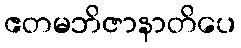
ဧတမဘိဇာနာတိပေ